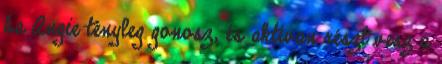
ha Angie tényleg gonosz, és aktívan részt vesz a